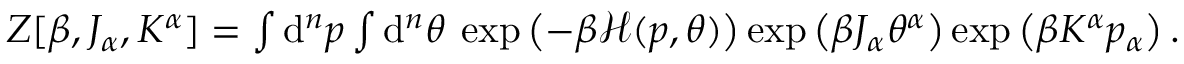
\begin{array} { r } { Z [ \beta , J _ { \alpha } , K ^ { \alpha } ] = \int \mathrm { d } ^ { n } p \int \mathrm { d } ^ { n } \theta \: \exp \left( - \beta \mathcal { H } ( p , \theta ) \right) \exp \left( \beta J _ { \alpha } \theta ^ { \alpha } \right) \exp \left( \beta K ^ { \alpha } p _ { \alpha } \right) . } \end{array}